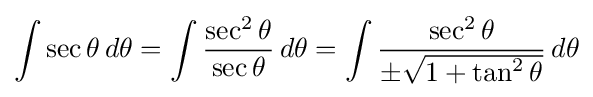
\int \sec \theta \,d\theta =\int {\frac {\sec ^{2}\theta }{\sec \theta }}\,d\theta =\int {\frac {\sec ^{2}\theta }{\pm {\sqrt {1+\tan ^{2}\theta }}}}\,d\theta